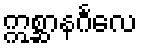
ဣစ္ဆာနင်္ဂလေ